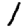
Digit: 1